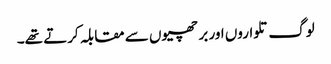
لوگ تلواروں اور بر چھیوں سے مقابلہ کرتے تھے۔